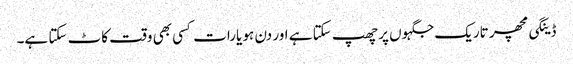
ڈینگی مچھر تاریک جگہوں پر چھپ سکتا ہے اور دن ہو یارات کسی بھی وقت کاٹ سکتا ہے۔